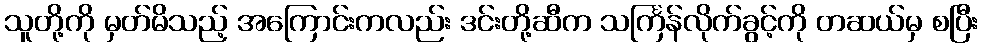
သူတို့ကို မှတ်မိသည့် အကြောင်းကလည်း ဒင်းတို့ဆီက သင်္ကြန်လိုက်ခွင့်ကို တဆယ်မှ စပြီး